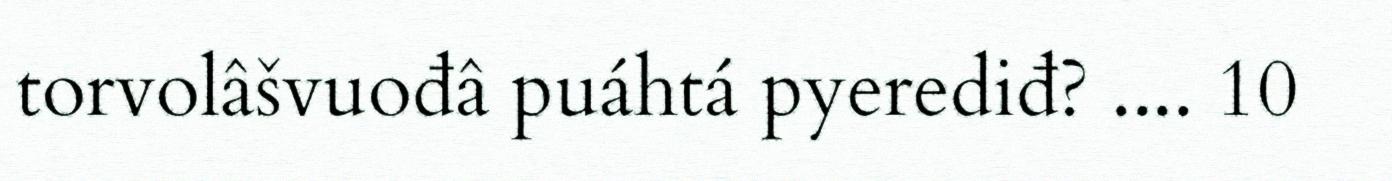
torvolâšvuođâ puáhtá pyerediđ? .... 10